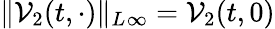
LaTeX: \| \mathcal{V}_{2}(t,\cdot)\| _{L^{}\infty}=\mathcal{V}_{2}(t,0)